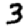
Digit: 3